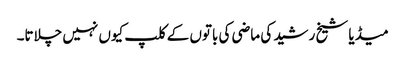
میڈیا شیخ رشید کی ماضی کی باتوں کے کلپ کیوں نہیں چلاتا۔